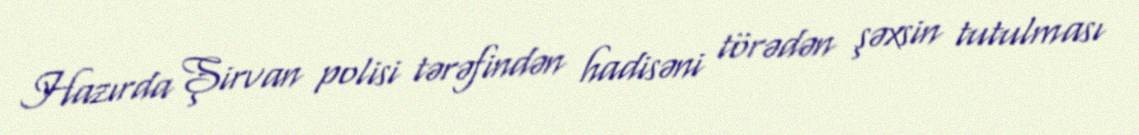
Hazırda Şirvan polisi tərəfindən hadisəni törədən şəxsin tutulması